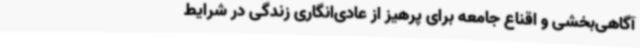
آگاهی‌بخشی و اقناع جامعه برای پرهیز از عادی‌انگاری زندگی در شرایط